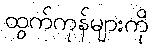
ထွက်ကုန်များကို